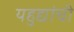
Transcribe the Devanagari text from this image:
यहुद्यांची